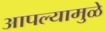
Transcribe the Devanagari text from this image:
आपल्यामुळे